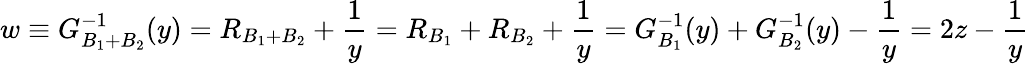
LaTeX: w\equiv G_{B_{1}+B_{2}}^{-1}(y)=R_{B_{1}+B_{2}}+\frac{1}{y}=R_{B_{1}}+R_{B_{2}}+\frac{1}{y}=G_{B_{1}}^{-1}(y)+G_{B_{2}}^{-1}(y)-\frac{1}{y}=2z-\frac{1}{y}